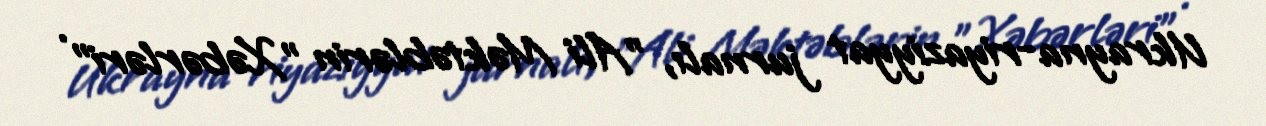
Ukrayna-riyaziyyat jurnalı, "Ali Məktəblərin "Xəbərləri" .